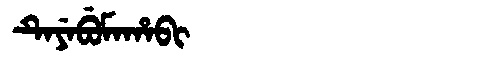
Manchu: ᡨᡝᠶᡝᠪᡠᠮᠠᡥᠠᠪᡳ
Romanization: TEYEBUMAHABI